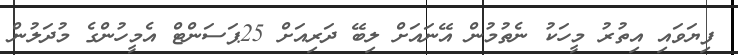
ފިޔަވައި އިތުރު މީހަކު ނެތުމުން އޭނައަށް ލިބޭ ދަރިއަށް 25ޕަސަންޓް އެމީހުންގެ މުދަލުން